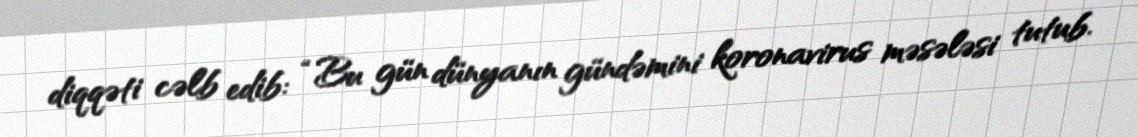
diqqəti cəlb edib: “Bu gün dünyanın gündəmini koronavirus məsələsi tutub.